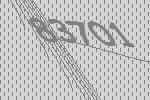
83701